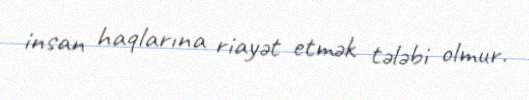
insan haqlarına riayət etmək tələbi olmur.